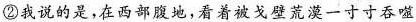
②我说的是，在西部腹地，看着被戈壁荒漠一寸寸吞噬